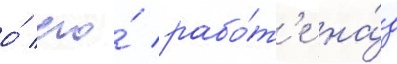
о́ его́ рабо́т'е на́д